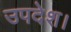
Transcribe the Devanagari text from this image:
उपदेश।